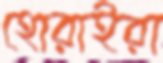
হোরাইরা